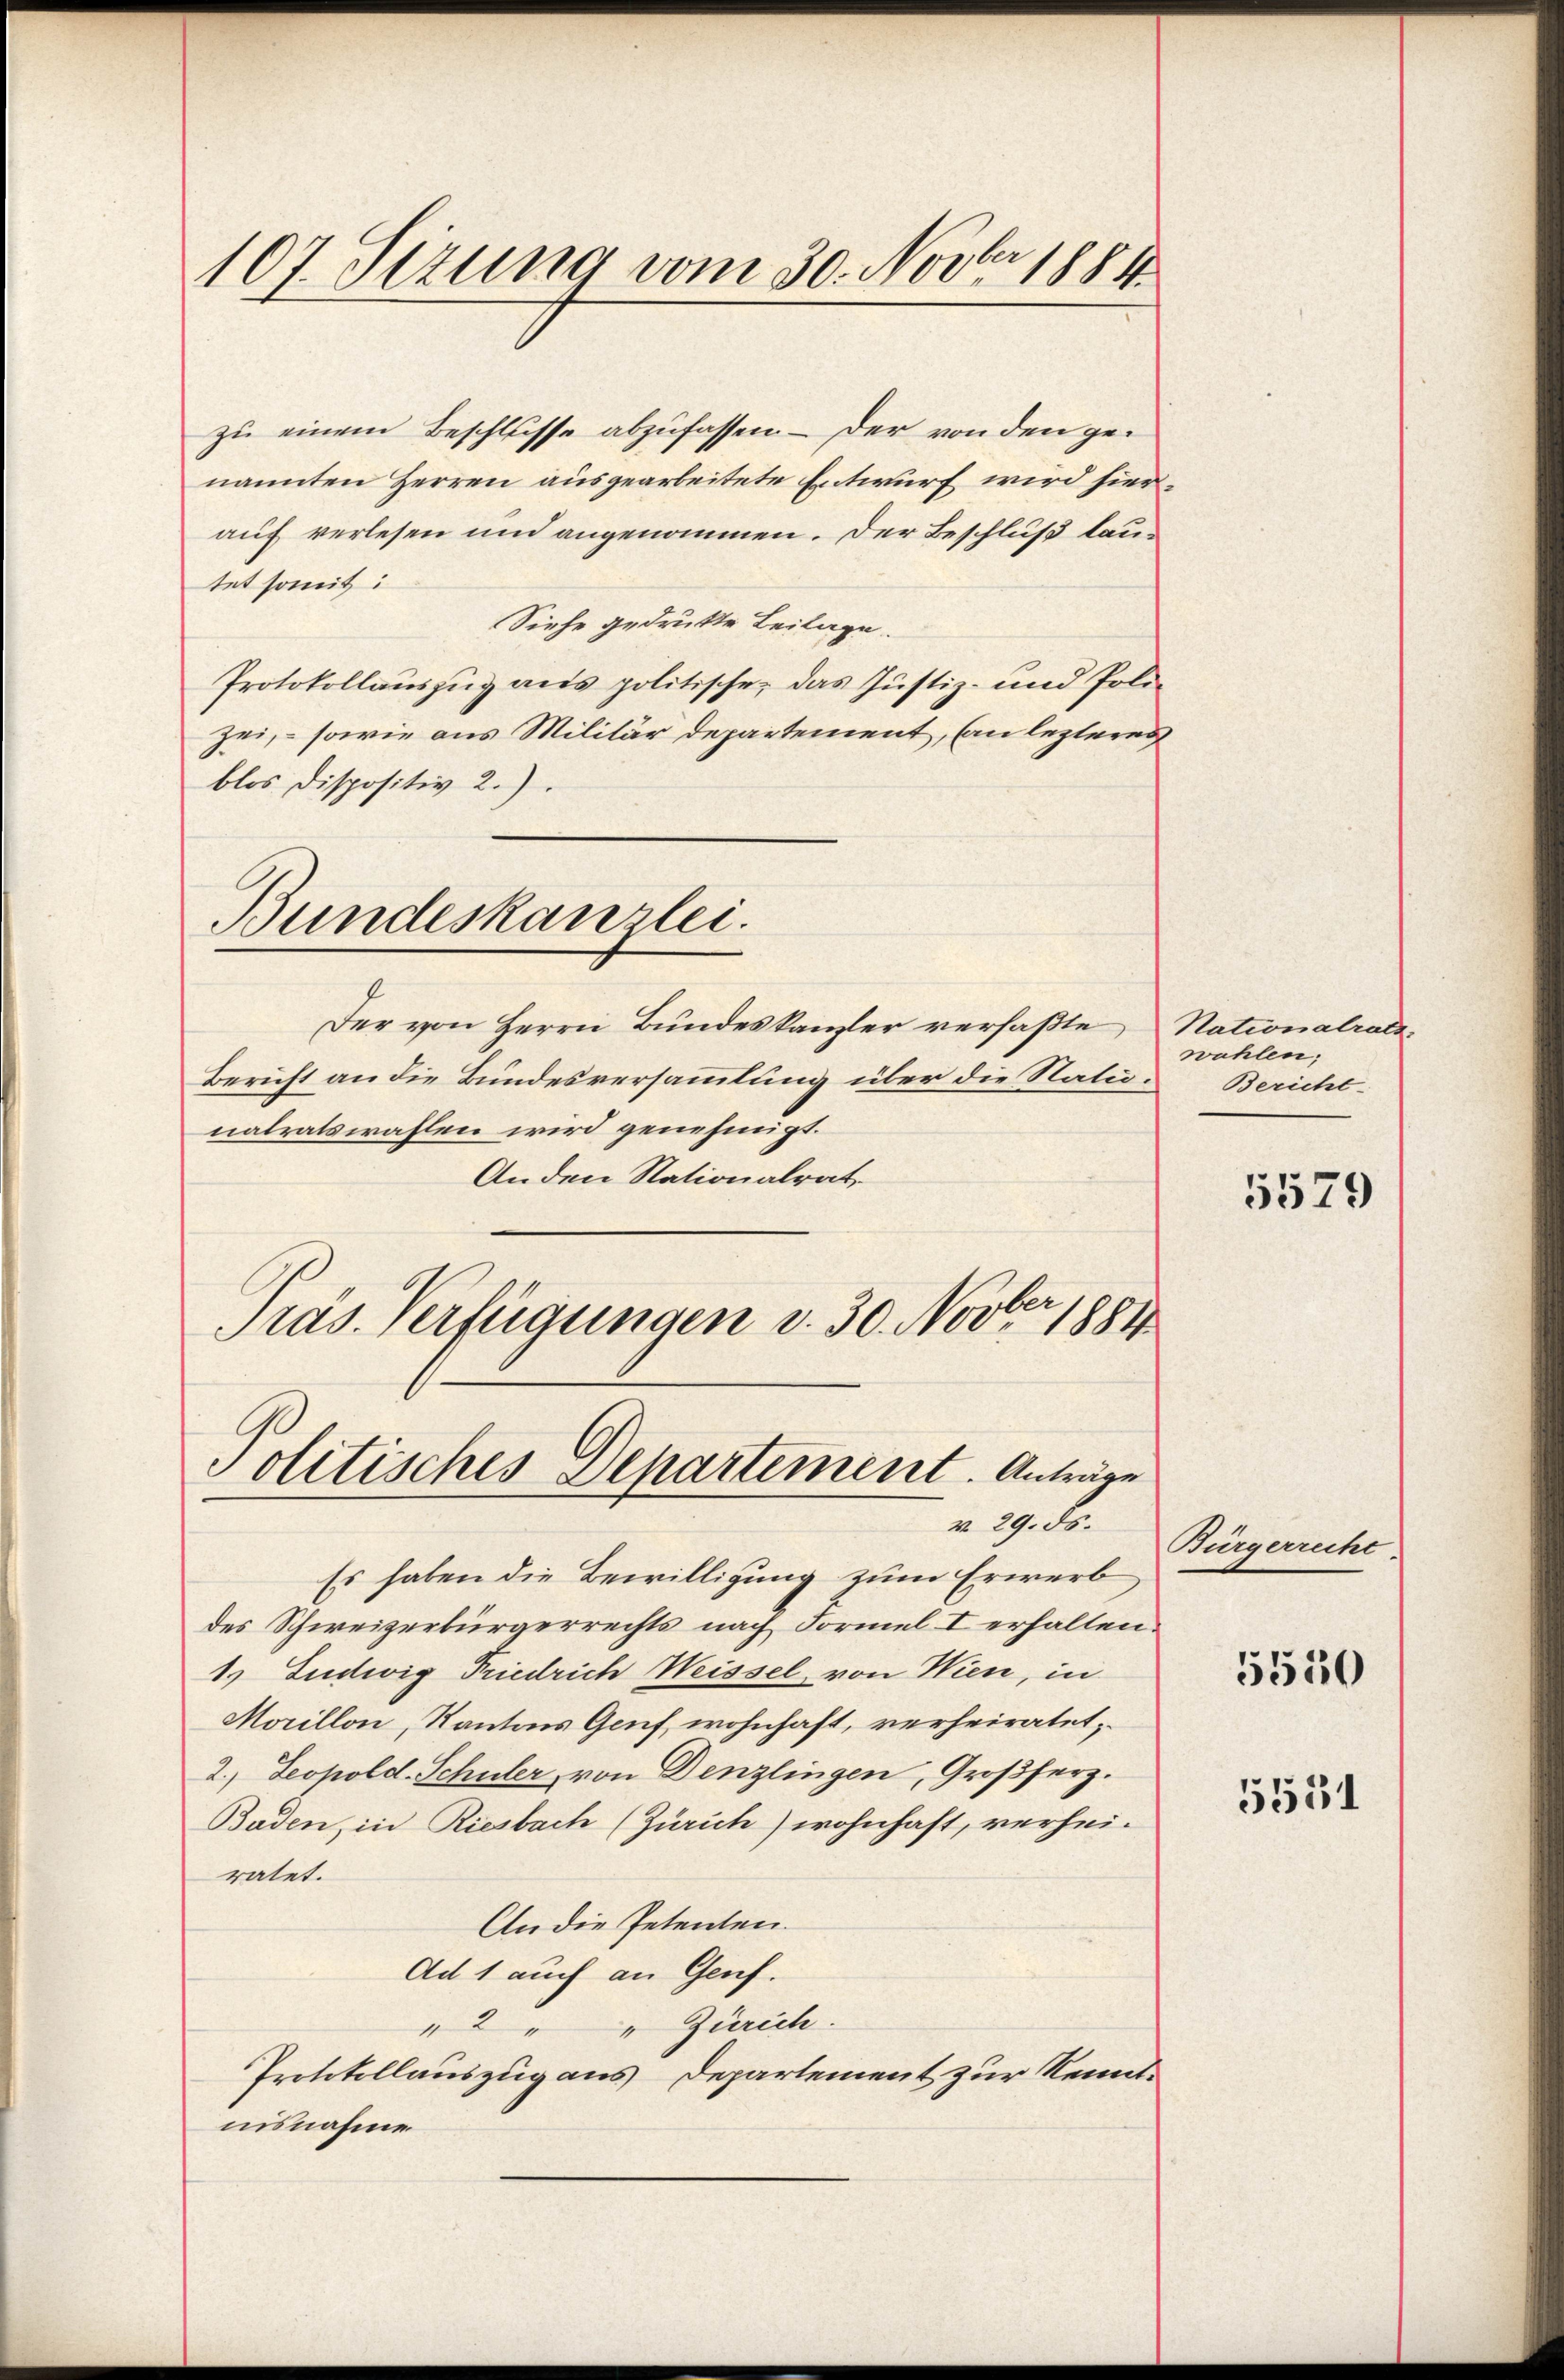
107. Sizung vom 30. Novbr. 1881

zu einem Beschlusse abzufassen – Der von den genannten Herren ausgearbeitete Entwurf wird hierauf verlesen und angenommen. Der Beschluß lautet somit:
Siehe gedruckte Beilage.
Protokollauszug aus politische, das Justiz- und Polizei, - sowie aus Militär departement, an lezteres
blos dispositiv 2.)
Bundeskanzlei.
Der von Herrn Bundeskanzler verfaßte Nationalrats-
Bericht an die Bundesversammlung über die Natunatratswahlen wird genehmigt.
Anden Nationalrat
Präs. Verfügungen v. 30. Novber 1881

Politisches Departement. Anträge
v. 29. ds.

wahlen;
Bericht.

Es haben die Bewilligung zum Erwerb
des Schweizerbürgerrechts nach Formel I erhalten.
1) Ludwig Friedrich Weissel, von Wien, in
Morillon, Kantons Genf, wohnhaft, verheiratet,
2. Leopold. Schuler, von Denzlingen, Großherz.
Baden, in Riesbach (Zürich) wohnhaft, verheiratet.
An die Petenten.
Ad 1 auch an Genf.
" 2 " Zürich.
Protokollauszug aus Departement zur Kennt-
nisnahme

5579

Bürgerrecht

5550

5551